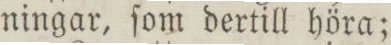
ningar, ſom dertill höra;